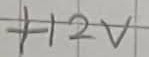
Text: +12V